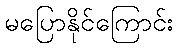
မပြောနိုင်ကြောင်း